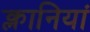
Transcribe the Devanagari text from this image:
क्लानियां